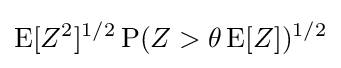
\operatorname {E} [Z^{2}]^{1/2}\operatorname {P} (Z>\theta \operatorname {E} [Z])^{1/2}